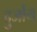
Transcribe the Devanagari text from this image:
दुर्जोय्